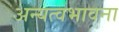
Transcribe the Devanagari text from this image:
अन्यत्वभावना